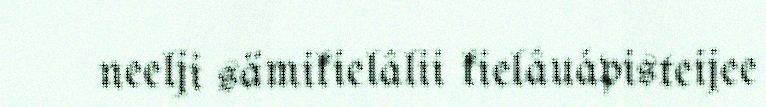
neelji sämikielâlii kielâuápisteijee